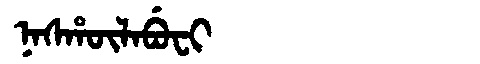
Manchu: ᠨᠠᠰᡥᡡᠯᠠᠪᡠᠸᡳ
Romanization: NASHŪLABUFI